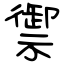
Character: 禦